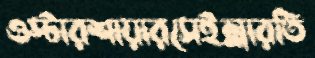
ওস্টারশায়ারসেইল্লারতি